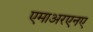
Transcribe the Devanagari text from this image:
एमाअरएनए